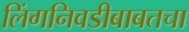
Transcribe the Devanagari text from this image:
लिंगनिवडीबाबतचा